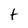
Character: t